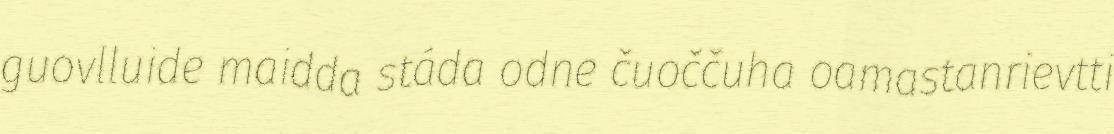
guovlluide maidda stáda odne čuoččuha oamastanrievtti